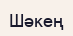
Шәкең